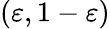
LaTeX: (\varepsilon,1-\varepsilon)